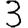
Digit: 3